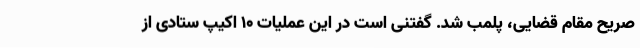
صریح مقام قضایی، پلمب شد. گفتنی است در این عملیات 10 اکیپ ستادی از